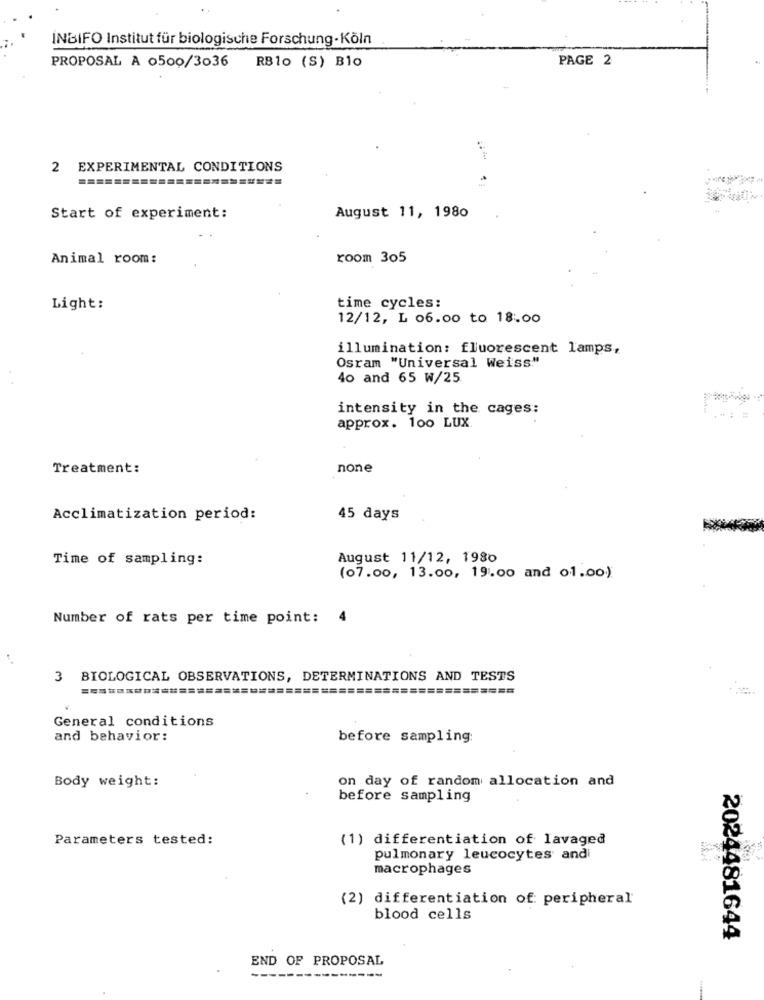
INBIFO Institut für biologische Forschung - Köln
RB10 (S) Blo
PAGE 2
PROPOSAL A 0500/3036
2 EXPERIMENTAL CONDITIONS
Start of experiment:
August 11, 1980
Animal room:
room 305
Light:
time cycles:
12/12, L 06.00 to 18:00
illumination: fluorescent lamps,
Osram "Universal Weiss"
40 and 65 W/25
intensity in the cages:
approx. 100 LUX.
Treatment:
none
Acclimatization period:
45 days
Time of sampling:
August 11/12, 1980
(07.00, 13.00, 19.00 and 01.00)
Number of rats per time point:
4
BIOLOGICAL OBSERVATIONS, DETERMINATIONS AND TESTS
General conditions
and behavior:
before sampling:
Body weight:
on day of random allocation and
before sampling
Parameters tested:
(1) differentiation of lavaged
pulmonary leucocytes andi
macrophages
(2) differentiation of: peripheral
blood cells
2024481644
END OF PROPOSAL